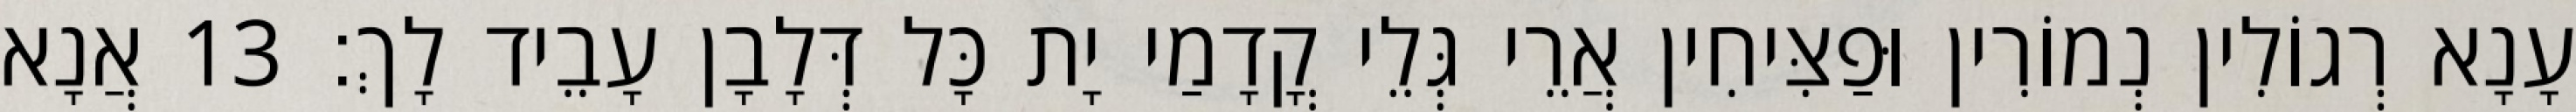
עָנָא רְגוֹלִין נְמוֹרִין וּפַצִּיחִין אֲרֵי גְּלֵי קֳדָמַי יָת כָּל דְּלָבָן עָבֵיד לָךְ׃ 13 אֲנָא